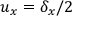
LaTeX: u _ { x } = \delta _ { x } / 2